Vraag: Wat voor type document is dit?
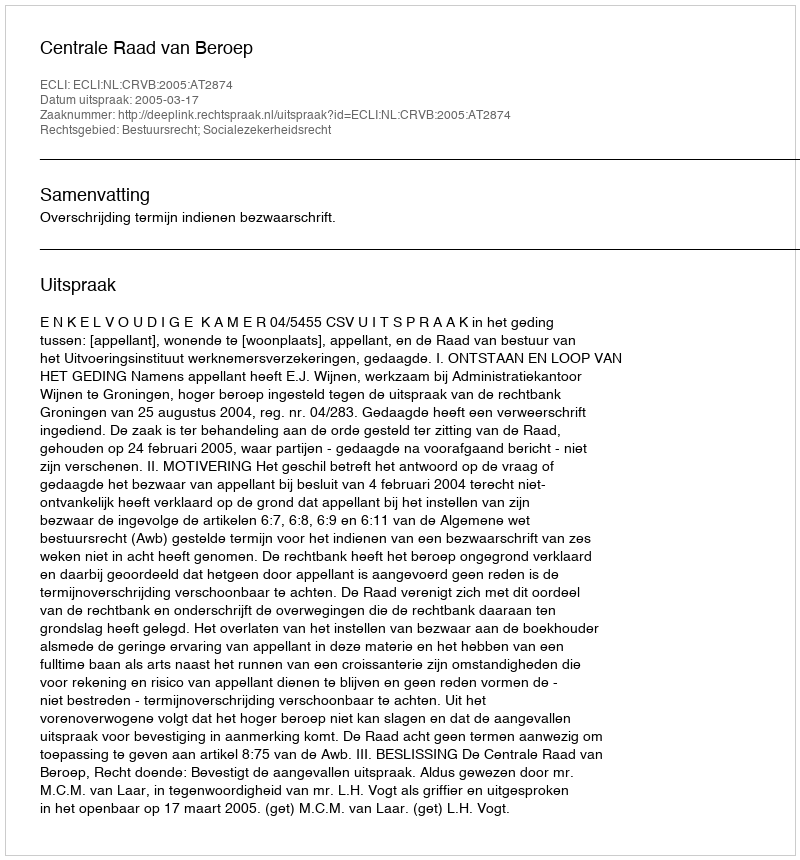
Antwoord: Uitspraak